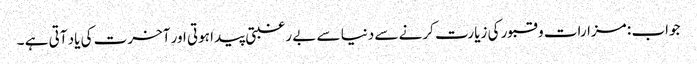
جواب : مزارات و قبور کی زیارت کرنے سے دنیا سے بے رغبتی پیدا ہوتی اور آخرت کی یاد آتی ہے ۔